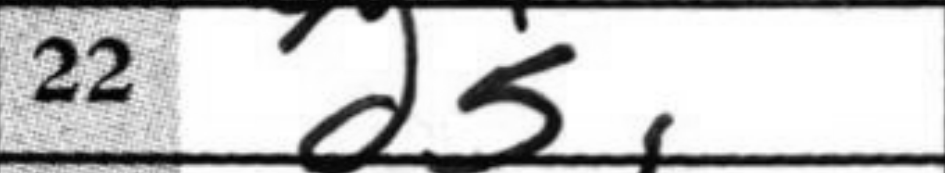
Transcription: d5